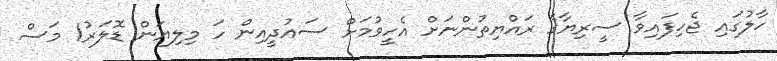
ހާލުގައި ޖެހިފައިވާ ސީރިޔާގެ ރައްޔިތުންނަށް އެހީވުމަށް ސައުދީއިން ހަ މިލިޔަން ޑޮލަރު1 މަސް